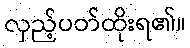
လှည့်ပတ်ထိုးရ၏။